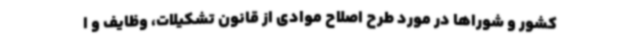
کشور و شوراها در مورد طرح اصلاح موادی از قانون تشکیلات، وظایف و ا